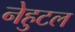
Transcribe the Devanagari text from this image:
नेहुटल